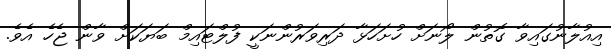
އިއުލާނުގައިވާ ގޮތުން ލޯނަށް ހުށަހަޅާ ދަރިވަރުންނަކީ ފުލްޓައިމް ބަޔަކަށް ވާން ޖެހެ އެވެ.